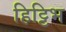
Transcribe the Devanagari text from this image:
हिट्टिभ